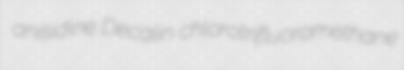
anisidine Decalin chlorotrifluoromethane